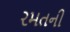
રમતની